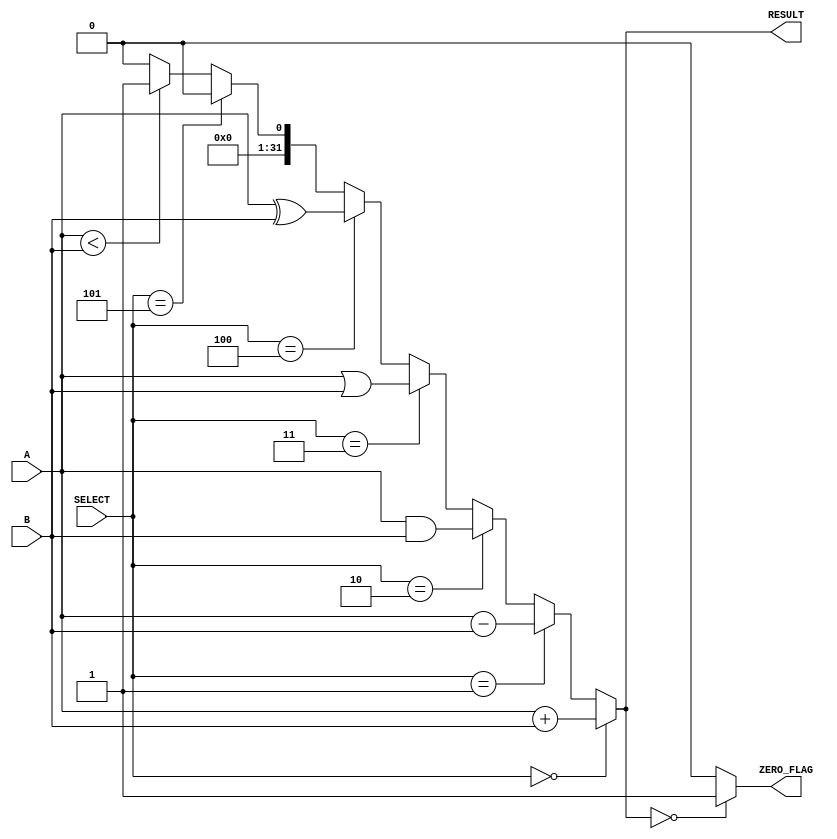
module Parameterized_ALU #(
    parameter DATA_WIDTH = 32,              // Bit-width of inputs and output
    parameter OPERATION_SET = 3              // Number of operations supported
)(
    input  wire [DATA_WIDTH-1:0] A,         // Operand A
    input  wire [DATA_WIDTH-1:0] B,         // Operand B
    input  wire [OPERATION_SET-1:0] SELECT, // Control signal for operation selection
    output wire [DATA_WIDTH-1:0] RESULT,    // Result of the ALU operation
    output wire ZERO_FLAG                     // Zero flag
);

    // Intermediate wires for operation results
    wire [DATA_WIDTH-1:0] add_result;
    wire [DATA_WIDTH-1:0] sub_result;
    wire [DATA_WIDTH-1:0] and_result;
    wire [DATA_WIDTH-1:0] or_result;
    wire [DATA_WIDTH-1:0] xor_result;
    wire [DATA_WIDTH-1:0] cmp_result; // Comparison result (for less than)

    // Implementation of arithmetic and logic operations
    assign add_result = A + B;
    assign sub_result = A - B;
    assign and_result = A & B;
    assign or_result  = A | B;
    assign xor_result = A ^ B;
    assign cmp_result = (A < B) ? 1 : 0; // Less than comparator

    // Multiplexer to select the result based on the SELECT signal
    assign RESULT = (SELECT == 3'b000) ? add_result :
                    (SELECT == 3'b001) ? sub_result :
                    (SELECT == 3'b010) ? and_result :
                    (SELECT == 3'b011) ? or_result :
                    (SELECT == 3'b100) ? xor_result :
                    (SELECT == 3'b101) ? {DATA_WIDTH{1'b0}} : // Placeholder for further operations
                    cmp_result; // Default to comparison result

    // Zero flag logic
    assign ZERO_FLAG = (RESULT == 0) ? 1'b1 : 1'b0;

endmodule